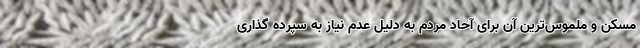
مسکن و ملموس‌ترین آن برای آحاد مردم به دلیل عدم نیاز به سپرده گذاری